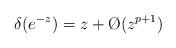
LaTeX: \begin{align*} \delta(e^{-z}) = z+\O(z^{p+1})\end{align*}